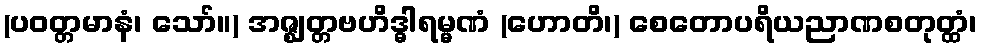
(ပဝတ္တမာနံ၊ သော်။) အဇ္ဈတ္တဗဟိဒ္ဓါရမ္မဏံ (ဟောတိ၊) စေတောပရိယညာဏစတုတ္ထံ၊